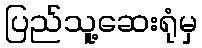
ပြည်သူ့ဆေးရုံမှ